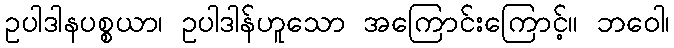
ဥပါဒါနပစ္စယာ၊ ဥပါဒါန်ဟူသော အကြောင်းကြောင့်။ ဘဝေါ၊